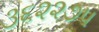
૩૬૨૨૭૫